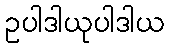
ဥပါဒါယုပါဒါယ